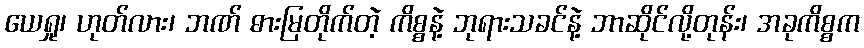
ယေရှု၊ ဟုတ်လား၊ ဘဏ် ဓားမြတိုက်တဲ့ ကိစ္စနဲ့ ဘုရားသခင်နဲ့ ဘာဆိုင်လို့တုန်း၊ အခုကိစ္စက